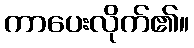
ကာပေးလိုက်၏။